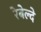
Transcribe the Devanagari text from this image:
रेबेल्दे